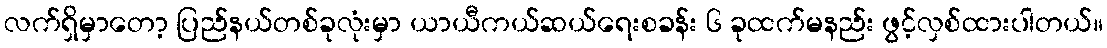
လက်ရှိမှာတော့ ပြည်နယ်တစ်ခုလုံးမှာ ယာယီကယ်ဆယ်ရေးစခန်း ၆ ခုထက်မနည်း ဖွင့်လှစ်ထားပါတယ်။